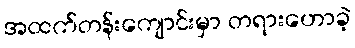
အထက်တန်းကျောင်းမှာ တရားဟောခဲ့